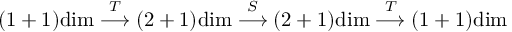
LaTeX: ( 1 + 1 ) \mathrm { d i m } \stackrel { T } { \longrightarrow } ( 2 + 1 ) \mathrm { d i m } \stackrel { S } { \longrightarrow } ( 2 + 1 ) \mathrm { d i m } \stackrel { T } { \longrightarrow } ( 1 + 1 ) \mathrm { d i m }